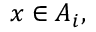
x \in A _ { i } ,